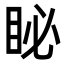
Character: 䀣